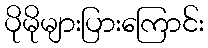
ပိုမိုများပြားကြောင်း